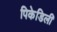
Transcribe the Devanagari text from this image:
पिकेडिली